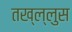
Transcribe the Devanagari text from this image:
तख्ल्लुस